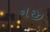
નજી